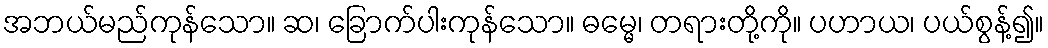
အဘယ်မည်ကုန်သော။ ဆ၊ ခြောက်ပါးကုန်သော။ ဓမ္မေ၊ တရားတို့ကို။ ပဟာယ၊ ပယ်စွန့်၍။